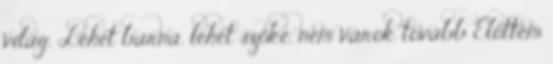
világ. Lehet barna, lehet szőke, nem várok tovább Előttem